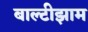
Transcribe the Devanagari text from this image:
बाल्टीझाम